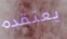
يعتقده